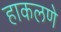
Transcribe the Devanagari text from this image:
हाकलणे